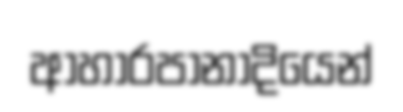
ආහාරපානාදියෙන්